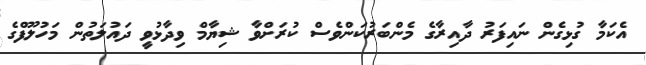
އެކަމާ ގުޅިގެން ނައިފަރު ދާއިރާގެ މެންބަރުކަންވެސް ކުރަށްވާ ޝިޔާމް ވިދާޅުވީ ދައުލަތުން މަހުލޫފްގެ